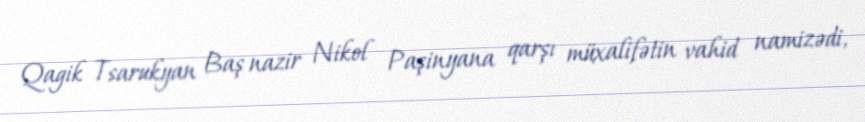
Qagik Tsarukyan Baş nazir Nikol Paşinyana qarşı müxalifətin vahid namizədi,